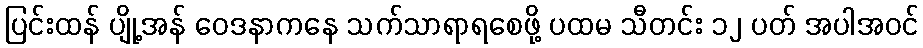
ပြင်းထန် ပျို့အန် ဝေဒနာကနေ သက်သာရာရစေဖို့ ပထမ သီတင်း ၁၂ ပတ် အပါအဝင်